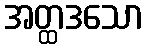
အတ္ထဒသော